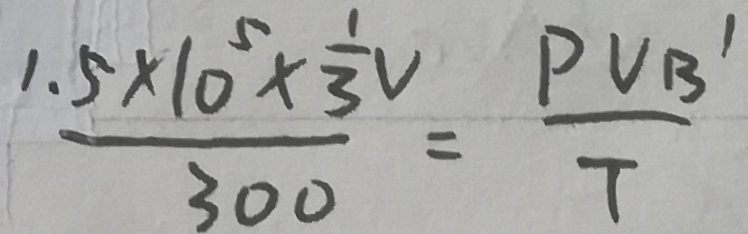
\frac { 1 . 5 \times 1 0 ^ { 5 } \times \frac { 1 } { 3 } v } { 3 0 0 } = \frac { P V B ^ { \prime } } { T }